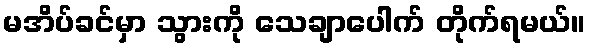
မအိပ်ခင်မှာ သွားကို သေချာပေါက် တိုက်ရမယ်။